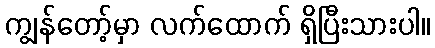
ကျွန်တော့်မှာ လက်ထောက် ရှိပြီးသားပါ။